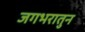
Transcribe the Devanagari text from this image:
जगभरातुन